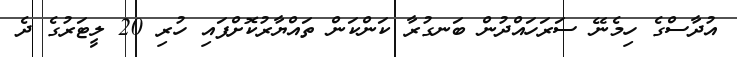
އުދާސްގެ ހިމެނޭ ސަރަހައްދުން ބަނގުރާ ކަންކަން ތައްޔާރުކޮށްފައި ހުރި 20 ލީޓަރުގެ ދެ